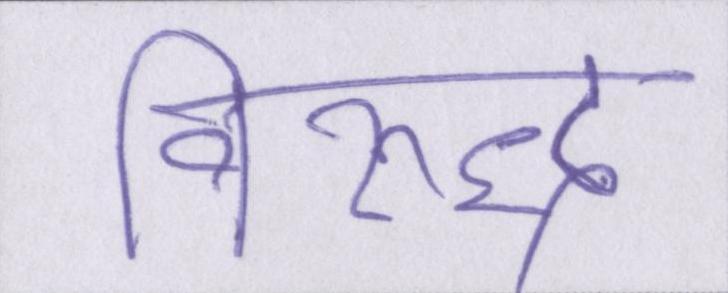
विरुद्ध